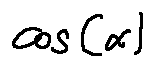
\cos ( \alpha )